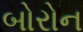
બોરોન